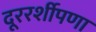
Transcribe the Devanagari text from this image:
दूररर्शीपणा